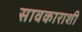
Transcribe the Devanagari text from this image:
सावकाराशी